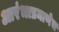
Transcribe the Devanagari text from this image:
आरंभाप्रमाणेच